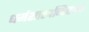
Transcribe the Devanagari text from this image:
धर्मशास्त्रनिबन्ध